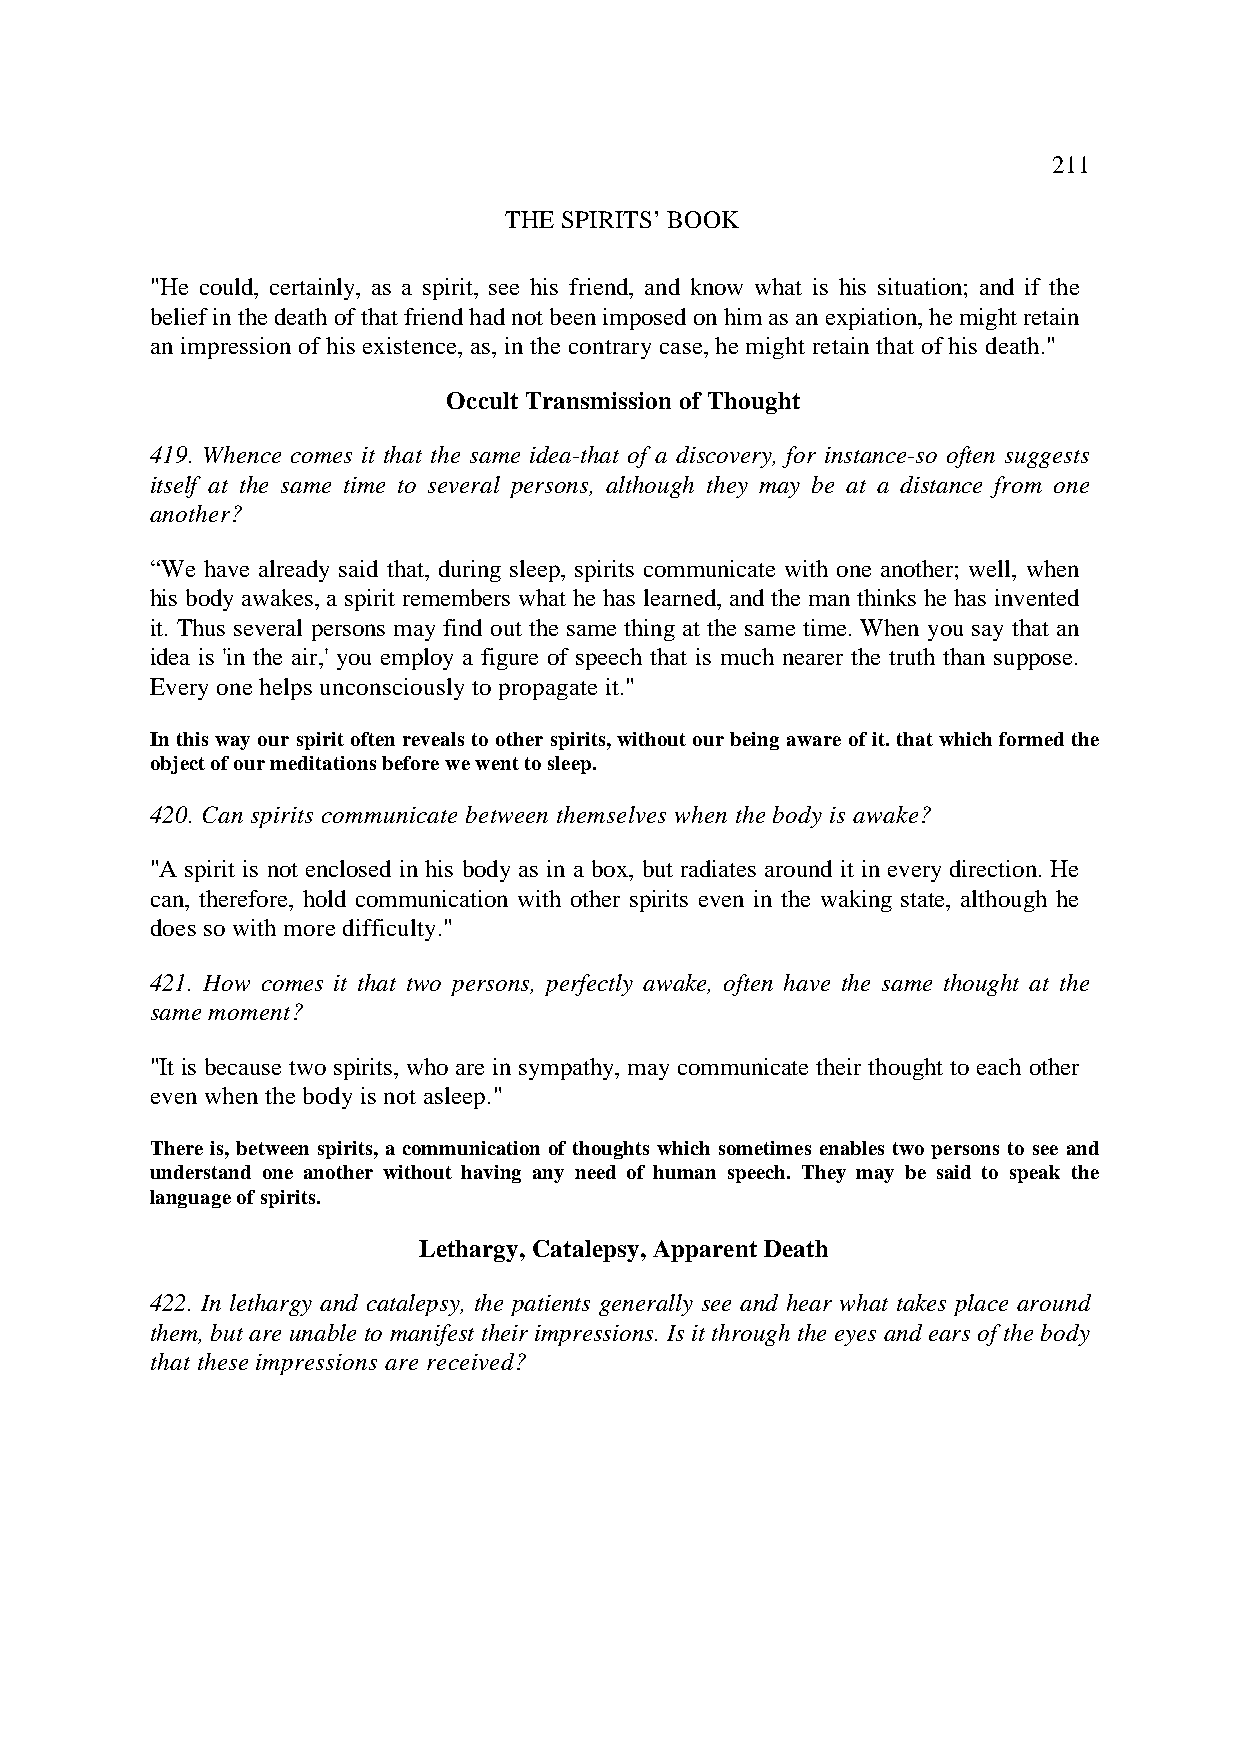
211
 THE SPIRITS’ BOOK
 "He could, certainly, as a spirit, see his friend, and know what is his situation; and if the
 belief in the death of that friend had not been imposed on him as an expiation, he might retain
 an impression of his existence, as, in the contrary case, he might retain that of his death."
 Occult Transmission of Thought
 419. Whence comes it that the same idea-that of a discovery, for instance-so often suggests
 itself at the same time to several persons, although they may be at a distance from one
 another?
 “We have already said that, during sleep, spirits communicate with one another; well, when
 his body awakes, a spirit remembers what he has learned, and the man thinks he has invented
 it. Thus several persons may find out the same thing at the same time. When you say that an
 idea is 'in the air,' you employ a figure of speech that is much nearer the truth than suppose.
 Every one helps unconsciously to propagate it."
 In this way our spirit often reveals to other spirits, without our being aware of it. that which formed the
 object of our meditations before we went to sleep.
 420. Can spirits communicate between themselves when the body is awake?
 "A spirit is not enclosed in his body as in a box, but radiates around it in every direction. He
 can, therefore, hold communication with other spirits even in the waking state, although he
 does so with more difficulty."
 421. How comes it that two persons, perfectly awake, often have the same thought at the
 same moment?
 "It is because two spirits, who are in sympathy, may communicate their thought to each other
 even when the body is not asleep."
 There is, between spirits, a communication of thoughts which sometimes enables two persons to see and
 understand one another without having any need of human speech. They may be said to speak the
 language of spirits.
 Lethargy, Catalepsy, Apparent Death
 422. In lethargy and catalepsy, the patients generally see and hear what takes place around
 them, but are unable to manifest their impressions. Is it through the eyes and ears of the body
 that these impressions are received?